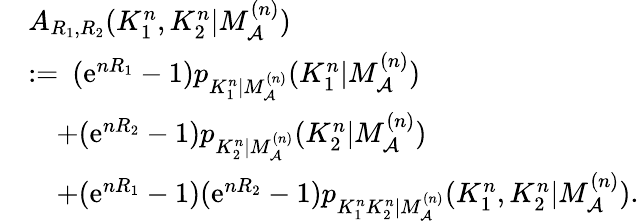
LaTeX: \begin{array}{rl}&{A_{R_{1},R_{2}}(K_{1}^{n},K_{2}^{n}|M_{{\cal A}}^{(n)})}\\ &{:=\: (\mathrm{e}^{nR_{1}}-1)p_{K_{1}^{n}|M_{\cal A}^{(n)}}(K_{1}^{n}|M_{{\cal A}}^{(n)})}\\ &{\quad+(\mathrm{e}^{nR_{2}}-1)p_{K_{2}^{n}|M_{{\cal A}}^{(n)}}(K_{2}^{n}|M_{{\cal A}}^{(n)})}\\ &{\quad+(\mathrm{e}^{nR_{1}}-1)(\mathrm{e}^{nR_{2}}-1)p_{K_{1}^{n}K_{2}^{n}|M_{{\cal A}}^{(n)}}(K_{1}^{n},K_{2}^{n}|M_{{\cal A}}^{(n)}).}\end{array}